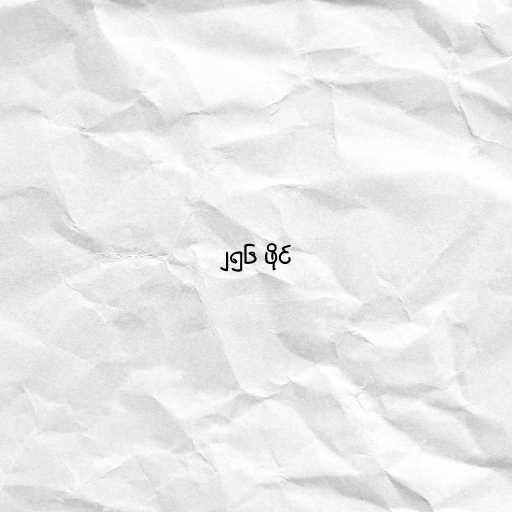
၂၅၆ ဖိုင်